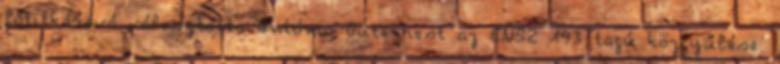
főtitkárává választotta António Guterrest az ENSZ 193 tagú közgyűlése.